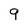
Character: 9